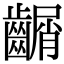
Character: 𪙑